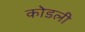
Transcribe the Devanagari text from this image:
कोडली